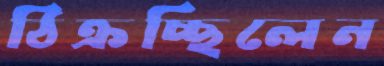
ঠিক্‌রচ্ছিলেন